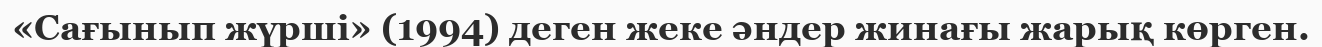
«Сағынып жүрші» (1994) деген жеке әндер жинағы жарық көрген.